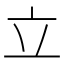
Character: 立